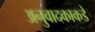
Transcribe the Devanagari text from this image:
अनुवादकाकडे